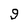
Character: 9